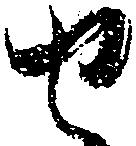
せ